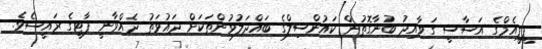
ޕީޕީއެމްގެ އަސާސީ ގަވާއިދު ބުނާގޮތުން ކައުންސިލްގެ ބައްދަލުވުންތަކަށް ދައުވަތު ދެއްވާނީ ޕާޓީގެ ރައީސެވެ.